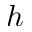
h